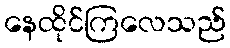
နေထိုင်ကြလေသည်